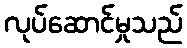
လုပ်ဆောင်မှုသည်